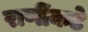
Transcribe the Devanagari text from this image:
राणींकडे